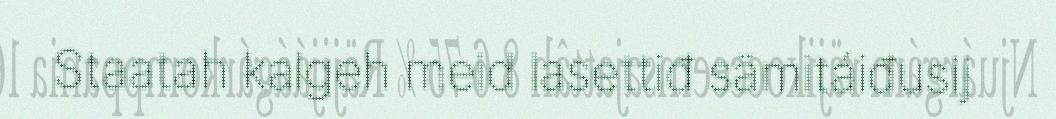
Staatah kalgeh meid lasettiđ sämitáiđusij